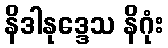
နိဒါနုဒ္ဒေသ နိဂုံး